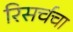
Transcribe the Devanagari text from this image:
रिसर्चचा